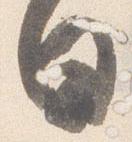
日